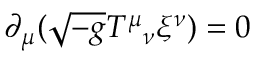
\partial _ { \mu } ( { \sqrt { - g } } T ^ { \mu } { } _ { \nu } \xi ^ { \nu } ) = 0